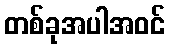
တစ်ခုအပါအဝင်